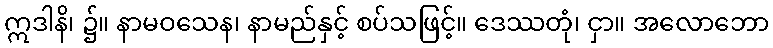
ဣဒါနိ၊ ၌။ နာမဝသေန၊ နာမည်နှင့် စပ်သဖြင့်။ ဒေဿတုံ၊ ငှာ။ အလောဘော